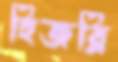
হিজরি